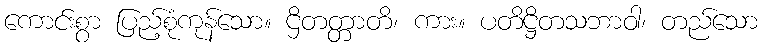
ကောင်းစွာ ပြည့်စုံကုန်သော။ ဌိတတ္တာတိ၊ ကား။ ပတိဋ္ဌိတသဘာဝါ၊ တည်သော